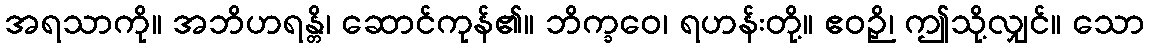
အရသာကို။ အဘိဟရန္တိ၊ ဆောင်ကုန်၏။ ဘိက္ခဝေ၊ ရဟန်းတို့။ ဧဝဉှိ၊ ဤသို့လျှင်။ သော